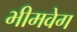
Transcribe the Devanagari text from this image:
भीमवेग